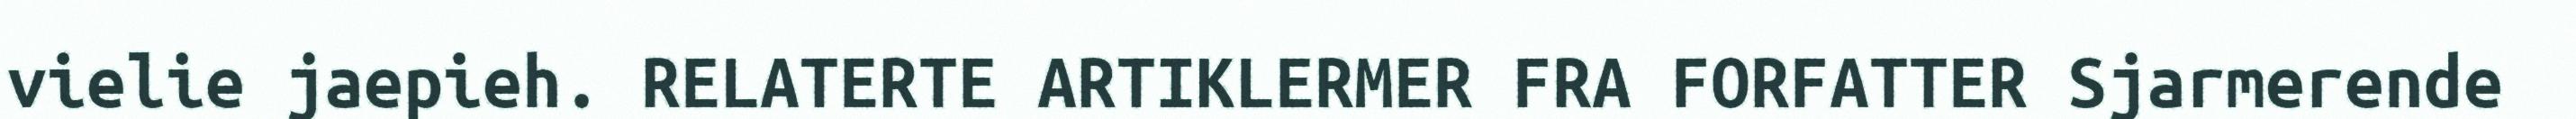
vielie jaepieh. RELATERTE ARTIKLERMER FRA FORFATTER Sjarmerende